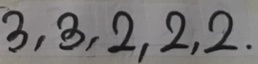
3 , 3 , 2 , 2 , 2 .